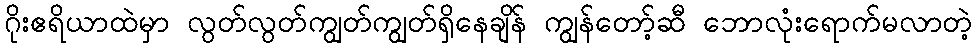
ဂိုးဧရိယာထဲမှာ လွတ်လွတ်ကျွတ်ကျွတ်ရှိနေချိန် ကျွန်တော့်ဆီ ဘောလုံးရောက်မလာတဲ့